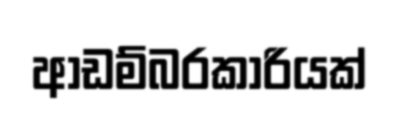
ආඩම්බරකාරියක්